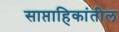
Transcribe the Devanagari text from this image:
साप्ताहिकांतील